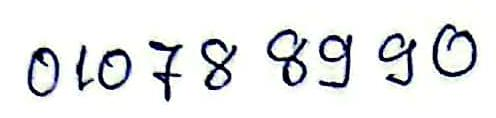
010 78 89 90